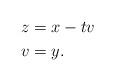
LaTeX: \begin{align*}z & = x-tv \\ v & = y. \end{align*}